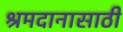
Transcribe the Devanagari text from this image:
श्रमदानासाठी